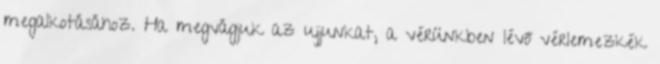
megalkotásához. Ha megvágjuk az ujjunkat, a vérünkben lévő vérlemezkék